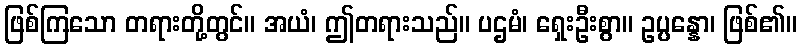
ဖြစ်ကြသော တရားတို့တွင်။ အယံ၊ ဤတရားသည်။ ပဌမံ၊ ရှေးဦးစွာ။ ဥပ္ပန္နော၊ ဖြစ်၏။